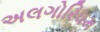
અલગોરિધમ